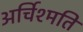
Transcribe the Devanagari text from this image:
अर्चिश्मति